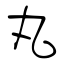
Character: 丸